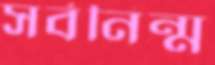
সর্বনিন্ম